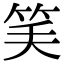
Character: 𥬘